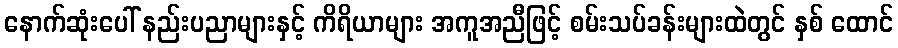
နောက်ဆုံးပေါ် နည်းပညာများနှင့် ကိရိယာများ အကူအညီဖြင့် စမ်းသပ်ခန်းများထဲတွင် နှစ် ထောင်